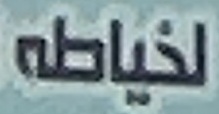
لخياطه